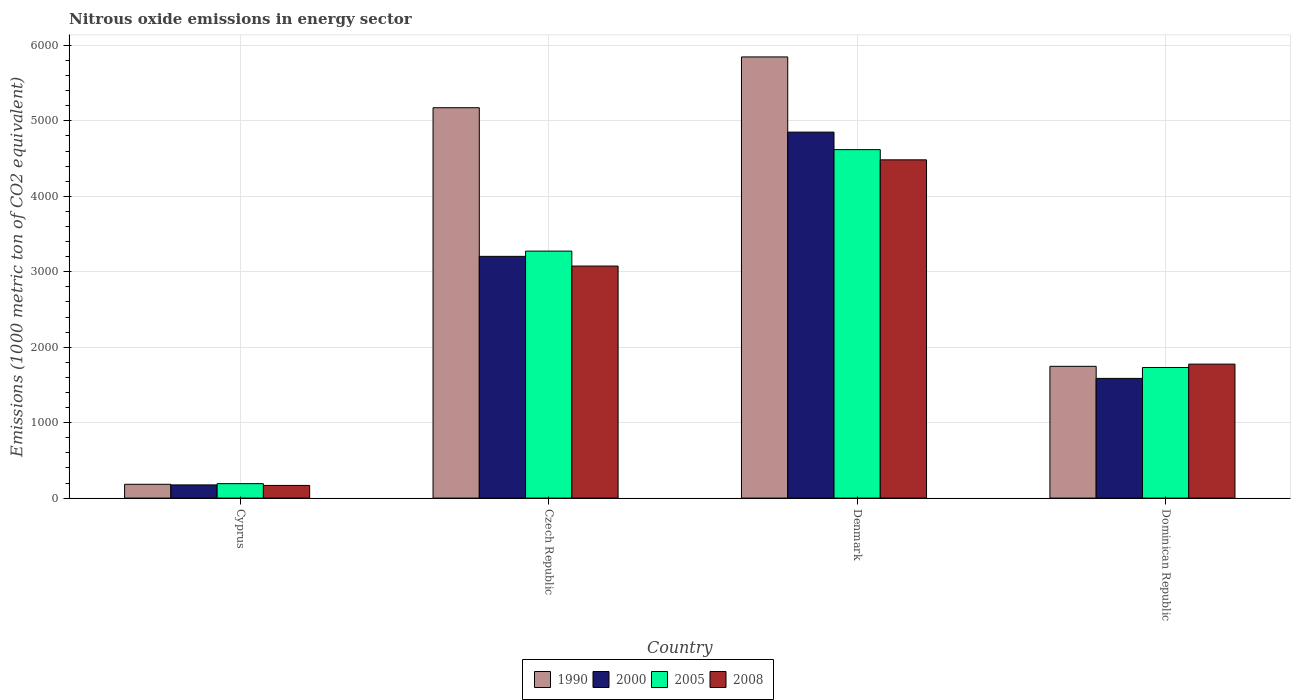
| Country | 1990 | 2000 | 2005 | 2008 |
 | --- | --- | --- | --- | --- |
 | Cyprus | 183 | 175 | 191 | 168 |
 | Czech Republic | 5.17e+03 | 3.2e+03 | 3.27e+03 | 3.08e+03 |
 | Denmark | 5.85e+03 | 4.85e+03 | 4.62e+03 | 4.48e+03 |
 | Dominican Republic | 1.75e+03 | 1.59e+03 | 1.73e+03 | 1.78e+03 |